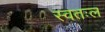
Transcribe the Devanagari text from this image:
स्वतःल